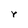
Character: r